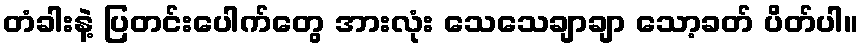
တံခါးနဲ့ ပြတင်းပေါက်တွေ အားလုံး သေသေချာချာ သော့ခတ် ပိတ်ပါ။